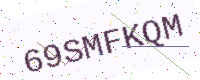
Text: 69SMFKQM